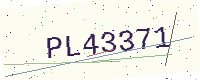
Text: PL43371